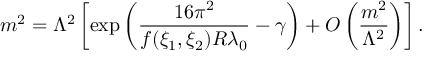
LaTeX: m ^ { 2 } = \Lambda ^ { 2 } \left[ \exp \left( \frac { 1 6 \pi ^ { 2 } } { f ( \xi _ { 1 } , \xi _ { 2 } ) R \lambda _ { 0 } } - \gamma \right) + O \left( \frac { m ^ { 2 } } { \Lambda ^ { 2 } } \right) \right] .